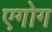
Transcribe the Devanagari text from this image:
एगोग